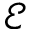
\mathcal { E }